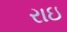
રાઇ